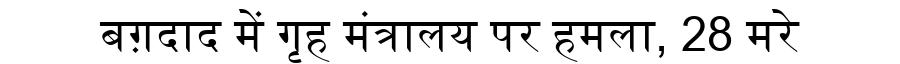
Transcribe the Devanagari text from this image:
बग़दाद में गृह मंत्रालय पर हमला, 28 मरे